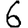
Digit: 6